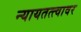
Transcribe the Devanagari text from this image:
न्यायतत्त्वावर